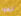
تعيد